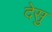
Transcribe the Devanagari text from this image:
देसु